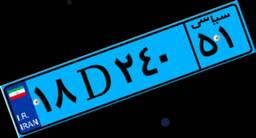
۱۹D۶۳۲۸۴